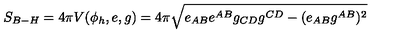
S _ { B - H } = 4 \pi V ( \phi _ { h } , e , g ) = 4 \pi \sqrt { e _ { A B } e ^ { A B } g _ { C D } g ^ { C D } - ( e _ { A B } g ^ { A B } ) ^ { 2 } }